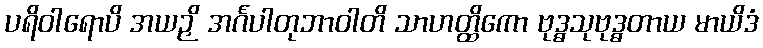
ပရိဝါရောပိ အယဉှိ အင်္ဂပါတုဘာဝါတိ သာဟတ္ထိကော ဗုဒ္ဓသုဗုဒ္ဓတာယ မာယိဒံ